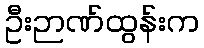
ဦးဉာဏ်ထွန်းက